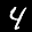
Label: 4